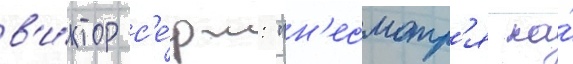
в'и́ктор с'е́рж: "н'есмотр'я на́